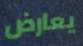
يعارض